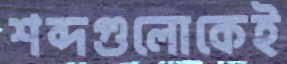
শব্দগুলোকেই